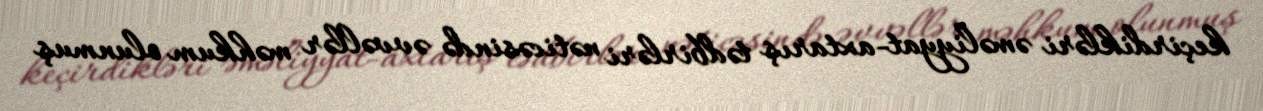
keçirdikləri əməliyyat-axtarış tədbirləri nəticəsində əvvəllər məhkum olunmuş